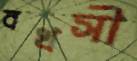
বখসী